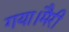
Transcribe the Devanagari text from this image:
गया।मैरी